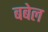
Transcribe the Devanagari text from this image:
बबेल